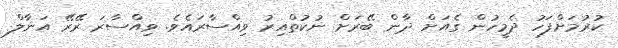
ކުރުމަށްފަހު ދެމީހުން ގެއަށް ދާން ބޭރަށް ނުކުތްއިރު ވިއްސާރައެވެ. ވިއްސާރަ ރޭރޭ އަނާލް